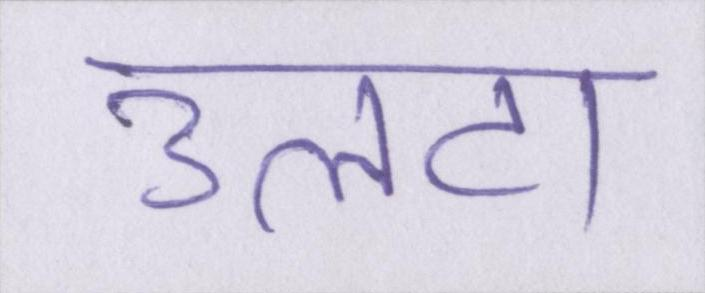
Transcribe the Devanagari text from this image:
उलटा